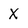
Character: X